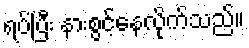
ရပ်ပြီး နားစွင့်နေလိုက်သည်။